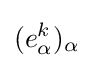
(e_{\alpha }^{k})_{\alpha }